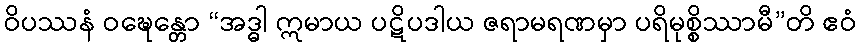
ဝိပဿနံ ဝဍ္ဎေန္တော “အဒ္ဓါ ဣမာယ ပဋိပဒါယ ဇရာမရဏမှာ ပရိမုစ္စိဿာမီ”တိ ဧဝံ